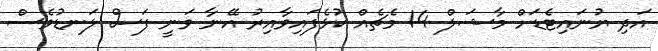
އަދި ޔުނައިޓެޑަށް މާޝަލް 14 މެޗެއް ކުޅެފައިވާއިރު އޭނާ ވަނީ ފަސް ލަނޑުވެސް